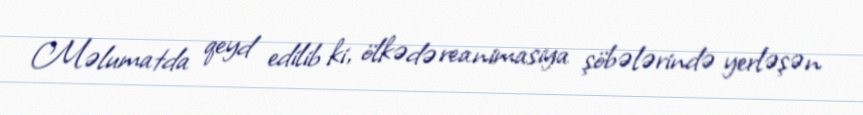
Məlumatda qeyd edilib ki, ölkədə reanimasiya şöbələrində yerləşən